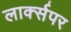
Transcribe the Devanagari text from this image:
लार्क्सपर